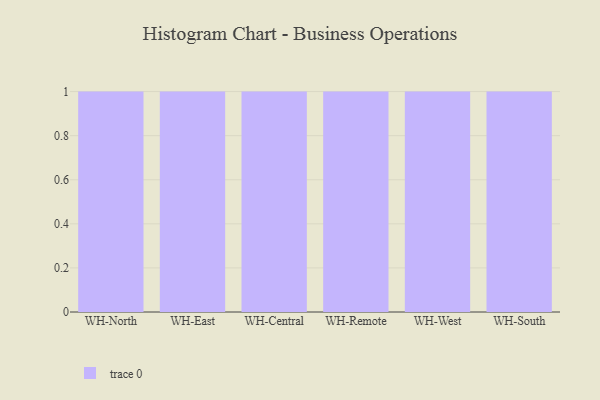
{"axis": {"x": "Warehouse", "y": "Humidity (%)"}, "legend": [""], "data": [{"x": "WH-North", "y": 95, "type": ""}, {"x": "WH-East", "y": 77, "type": ""}, {"x": "WH-Central", "y": 98, "type": ""}, {"x": "WH-Remote", "y": 5, "type": ""}, {"x": "WH-West", "y": 37, "type": ""}, {"x": "WH-South", "y": 83, "type": ""}]}